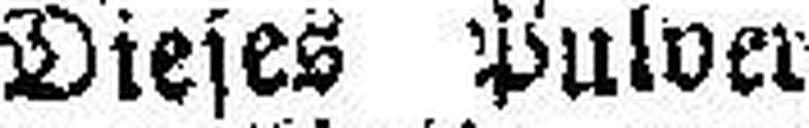
Dieses Pulver